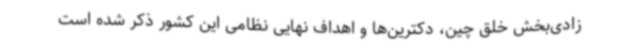
زادی‌بخش خلق چین، دکترین‌ها و اهداف نهایی نظامی این کشور ذکر شده است